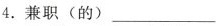
4. 兼职(的)___